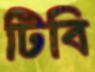
টিবি